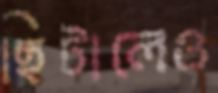
ছিটালেও